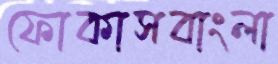
ফোকাসবাংলা